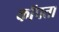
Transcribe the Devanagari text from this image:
कॉपता